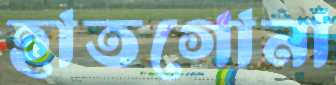
হাতগোনা